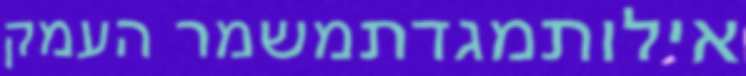
אילותמגדתמשמר העמק